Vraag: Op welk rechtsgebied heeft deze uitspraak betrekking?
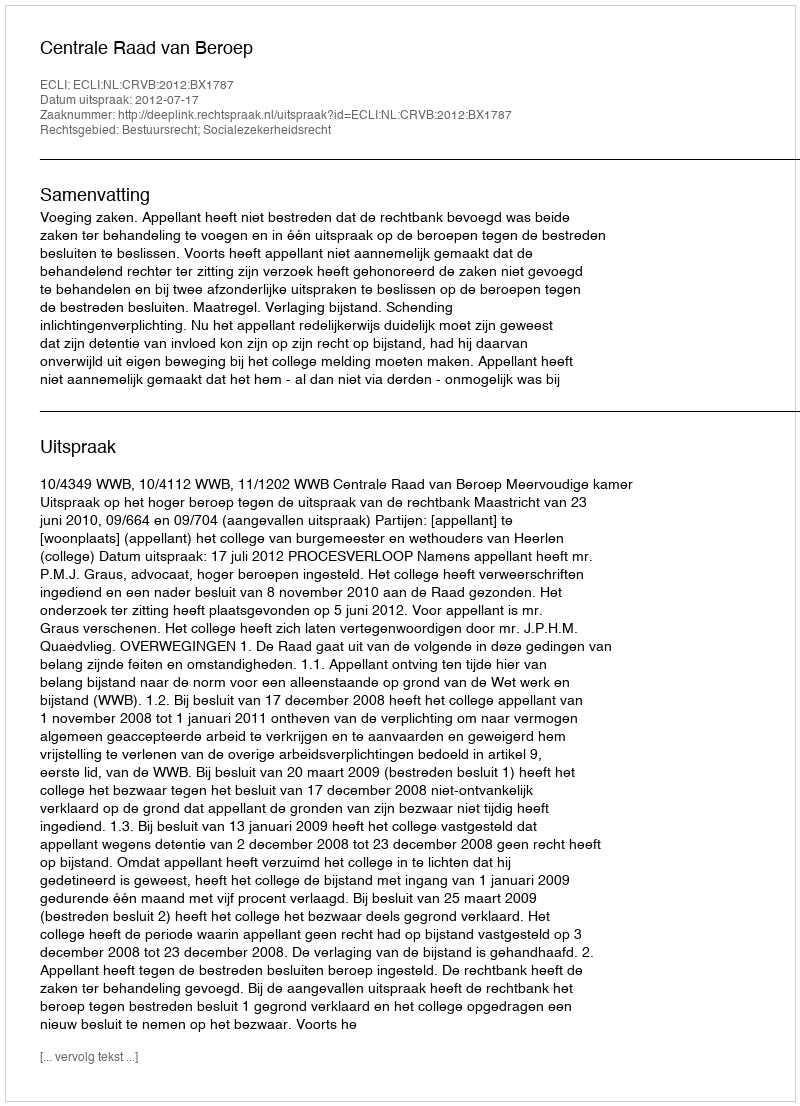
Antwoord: Bestuursrecht; Socialezekerheidsrecht